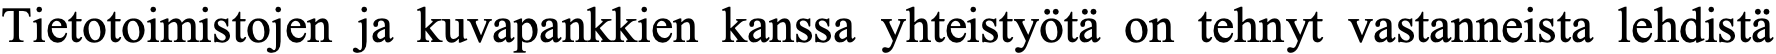
Tietotoimistojen ja kuvapankkien kanssa yhteistyötä on tehnyt vastanneista lehdistä